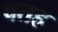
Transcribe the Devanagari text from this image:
वतह